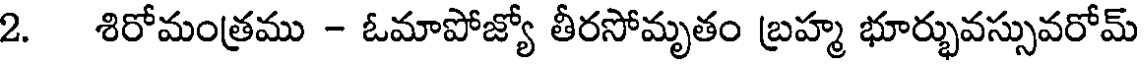
2. శిరోమంత్రము - ఓమాపోజ్యో తీరసోమృతం బ్రహ్మ భూర్భువస్సువరోమ్